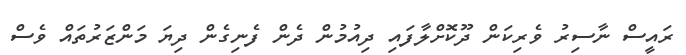
ރައީސް ނާސިރު ވެރިކަން ދޫކޮށްލާފައި ދިއުމުން ދެން ފެނިގެން ދިޔަ މަންޒަރުތައް ވެސް